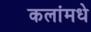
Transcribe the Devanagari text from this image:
कलांमधे